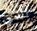
الدي